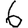
Digit: 6